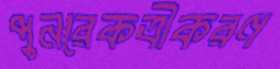
পুনরেকত্রীকরণ